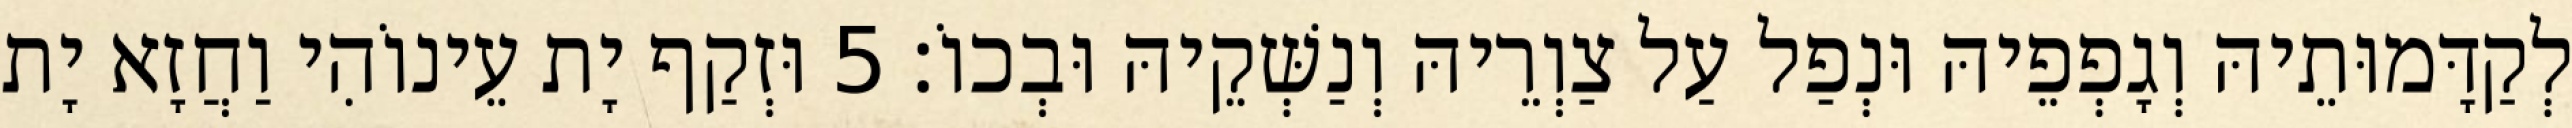
לְקַדָּמוּתֵיהּ וְגָפְפֵיהּ וּנְפַל עַל צַוְרֵיהּ וְנַשְּׁקֵיהּ וּבְכוֹ׃ 5 וּזְקַף יָת עֵינוֹהִי וַחֲזָא יָת